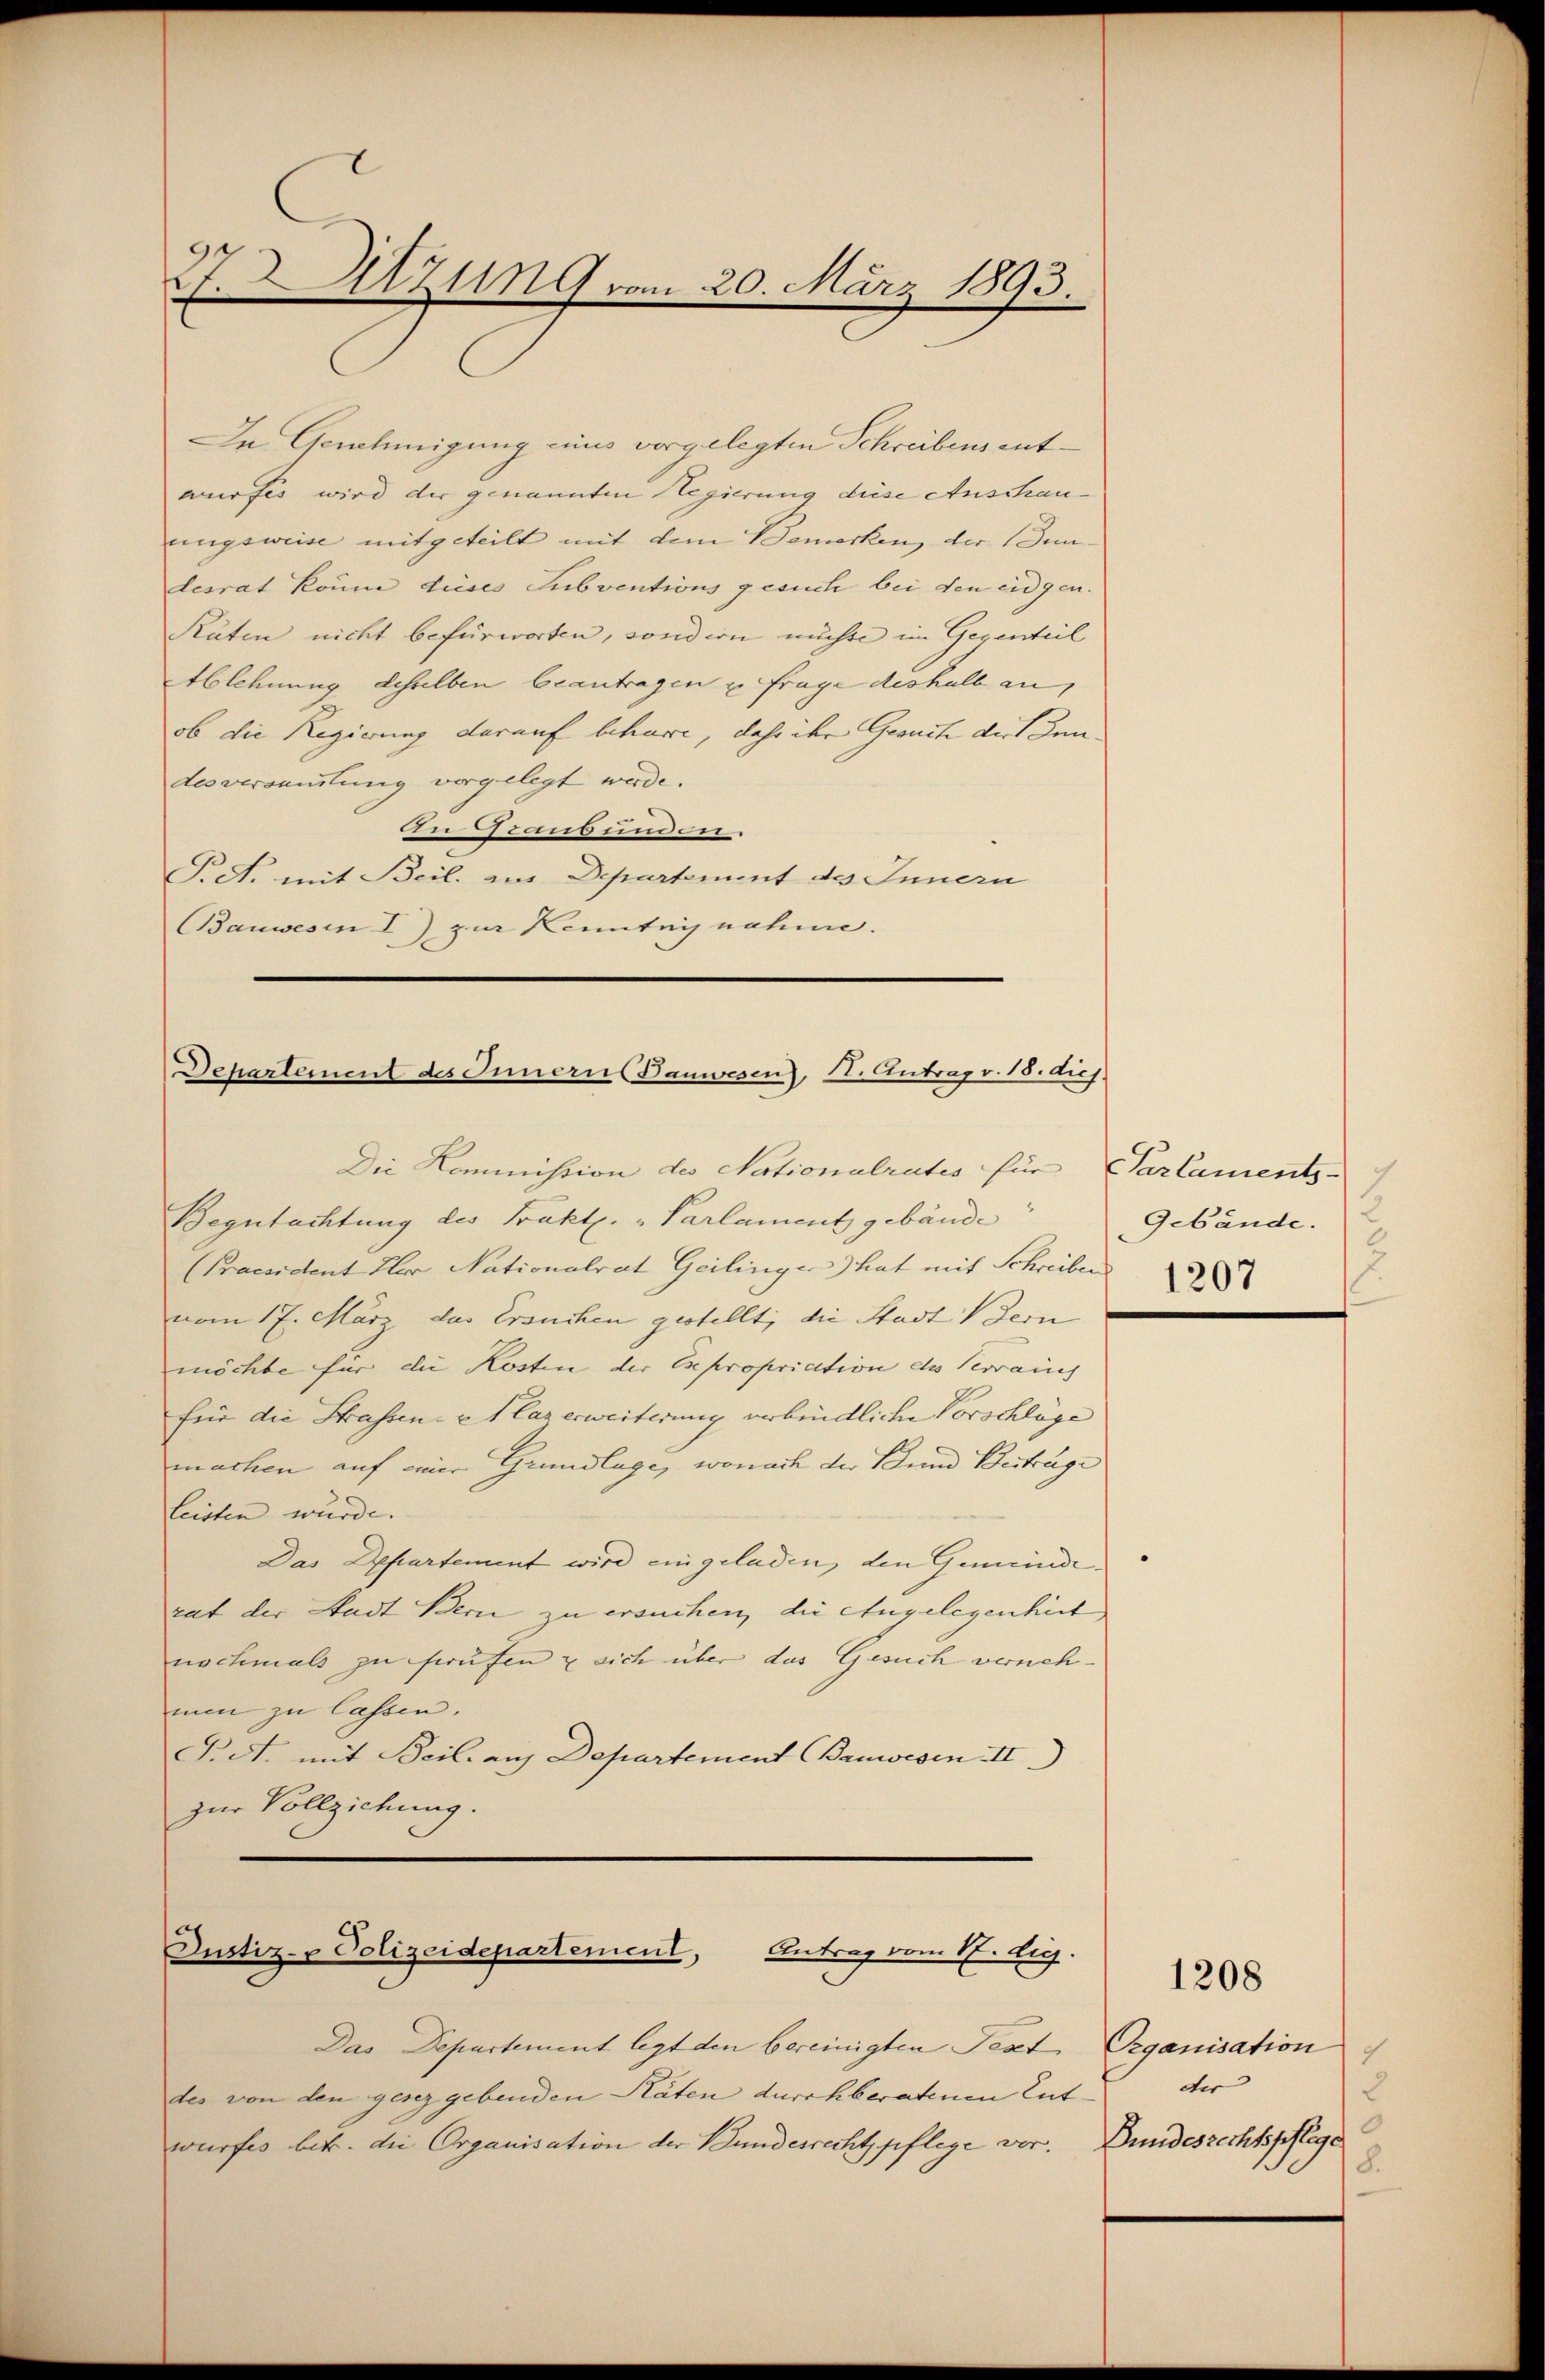
94
s
Sitzung vom 20. März 1893

In Genehmigung eines vorgelegten Schreibens entwurfes wird der genannten Regierung diese Anschauungsweise mitgeteilt mit dem Bemerken der (den
desrat könne dieses Subventions gesuch bei den eidgen.
Räten nicht befürworten, sondern möchte im Gegenteil
Ablehnung desselben beantragen u frage deshalb an,
ob die Regierung darauf beharre, dahr ihr Gesuch diesen.
desversamlung vorgelegt werde.
An Scanbunden.
P. R. mit Beil. aus Departement des Innern
Bauwesen I.) zur Kenntnis nahme.

Departement des Innern Bauwesen), I. Antrag v. 18. dich.
Die Kommission des Nationalrates für Parlaments

Begutachtung des Prakt. „Parlament gebäude
(Praesident Iler Nationalrat Geilinger) hat mit Schreiben
vom 17. März das Ersuchen gestellt, die Stadt Vern
möchte für die Kosten der Expropriation des Verrauch
für die Strassen- u 1 laz erweiterung verbindliche Vorschläge
machen auf einer Grundlage, wonach der Bund Beiträge |
leisten würde.
Das Departement wird eingeladen, den Gemeinderut der Stadt Bern zu ersuchen, die Angelegenheit
nochmals zu ferufen & sich über das Gesuch vernehmin zu lassen.
P.dt. mit Beil. auf Departement (Banwesen III)
zur Vollziehung.

Justiz- & Polizeidepartement, Antrag vom 17. Aug.

Das Departement legt den bereinigten Text, Organisation
des von den gesez gebenden Räten durchberatenen Ent-
wurfes betr. die Organisation der Bundesrecht pflege vor.

Gebäude.
2
1207

9
der
E
Bundesrechtspflege
8.

1208